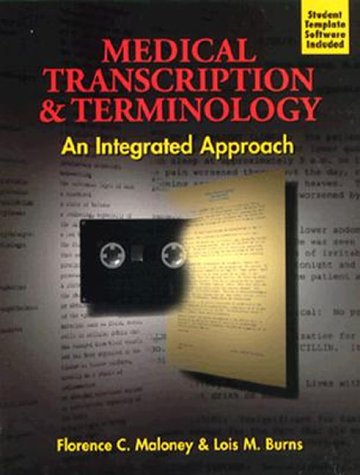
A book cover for Medical Transcription and Terminology:  An Integrated Approach; Florence Maloney; Medical Books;